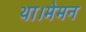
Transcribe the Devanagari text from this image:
था।मेमन